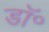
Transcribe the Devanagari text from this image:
डाॅ॰